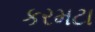
કરમટા